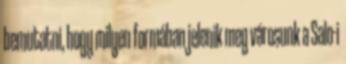
bemutatni, hogy milyen formában jelenik meg városunk a Salo-i